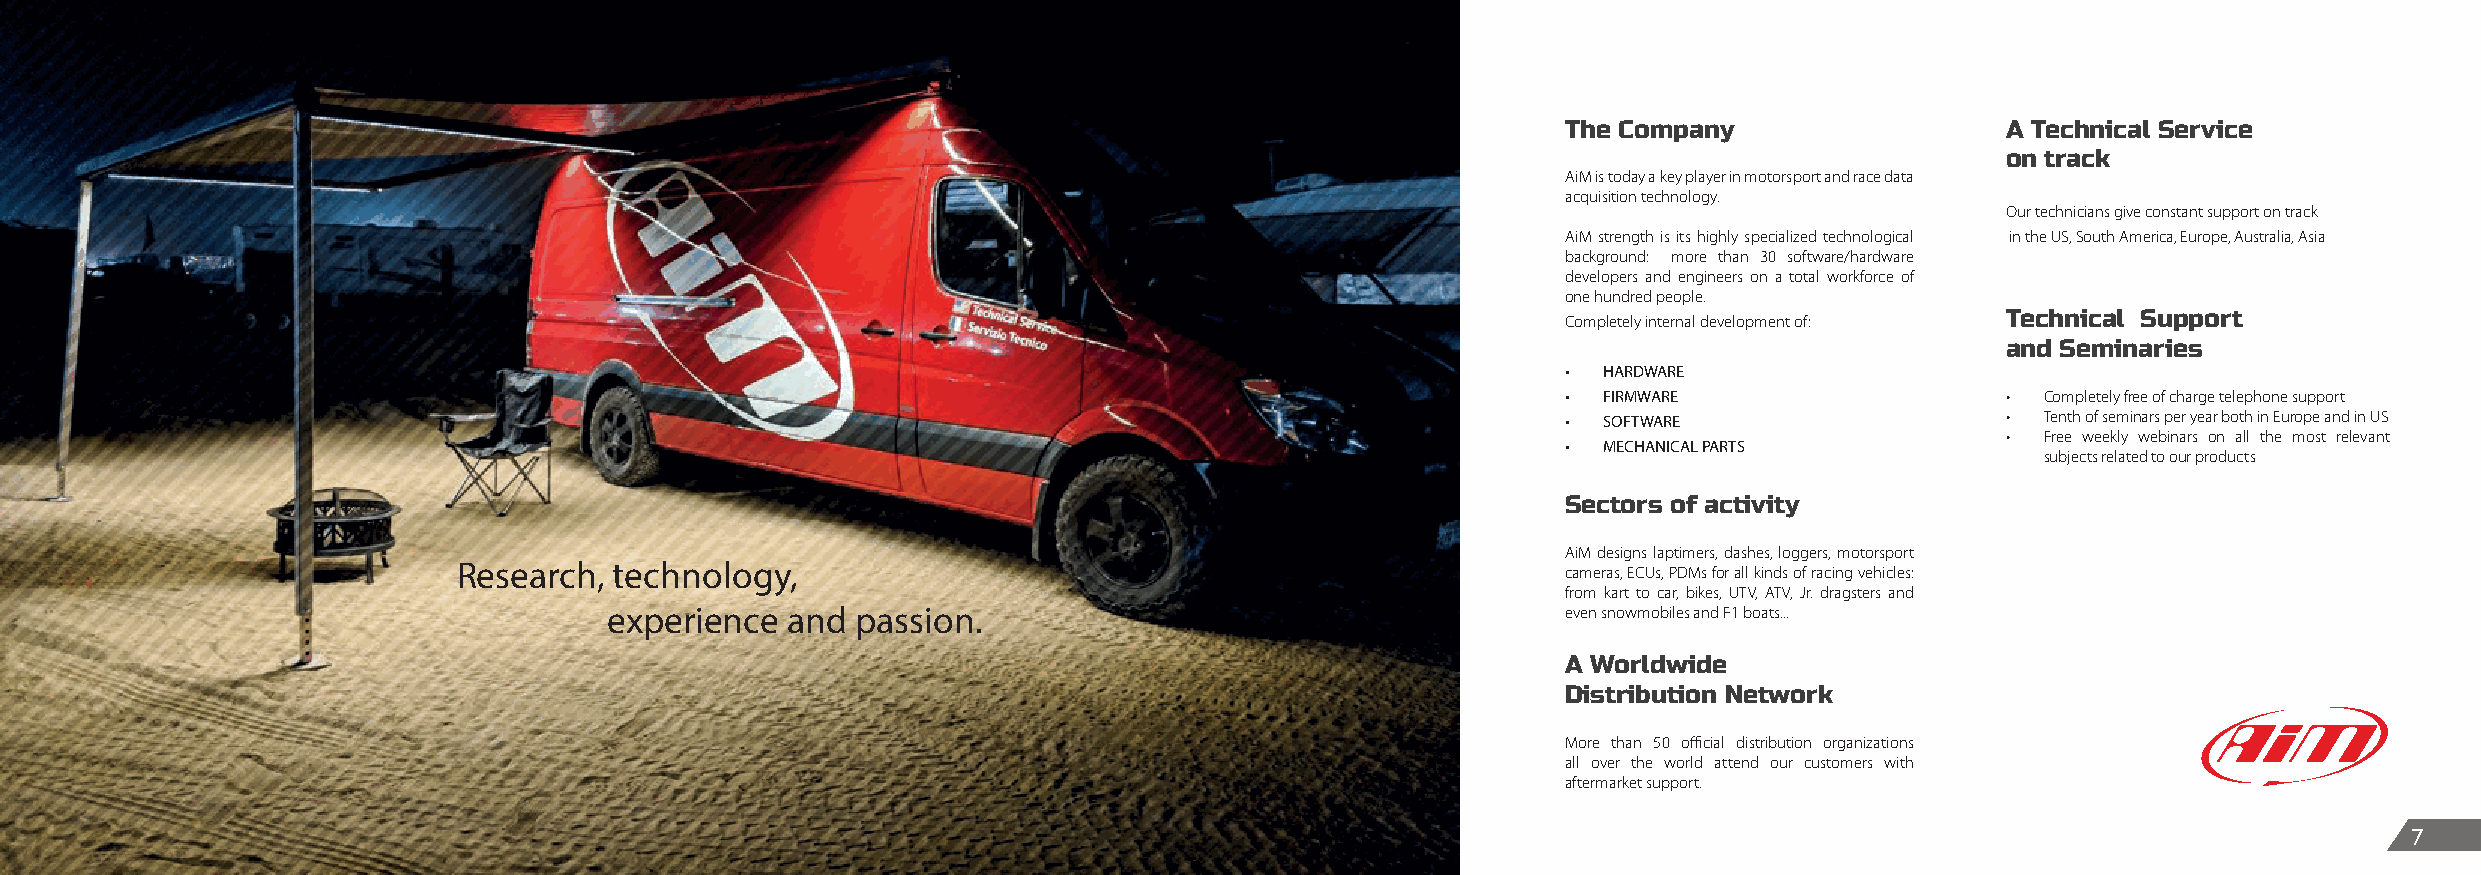
The Company                  A Technical Service
 on track
 AiM is today a key player in motorsport and race data
 acquisition technology.
 Our technicians give constant support on track
 AiM strength is its highly specialized technological in the US, South America, Europe, Australia, Asia
 background: more than 30 software/hardware
 developers and engineers on a total workforce of
 one hundred people.
 Completely internal development of: Technical Support
 and Seminaries
 • HARDWARE
 • FIRMWARE                   • Completely free of charge telephone support
 • SOFTWARE                   • Tenth of seminars per year both in Europe and in US
 • Free weekly webinars on all the most relevant
 • MECHANICAL PARTS
 subjects related to our products
 Sectors of activity
 AiM designs laptimers, dashes, loggers, motorsport
 Research,  technology,                                                    cameras, ECUs, PDMs for all kinds of racing vehicles:
 from kart to car, bikes, UTV, ATV, Jr. dragsters and
 experience  and  passion.                                       even snowmobiles and F1 boats...
 A Worldwide
 Distribution Network
 More than 50 official distribution organizations
 all over the world attend our customers with
 aftermarket support.
 7